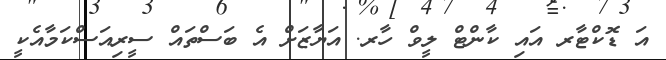
އަ ޑޮކްޓާރ އައި ކާންޓް ލީވް ހާރ. އަޔާޒަށް އެ ބަސްތައް ސީރިއަސްކަމާއެކީ